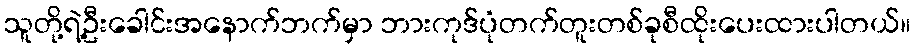
သူတို့ရဲ့ဦးခေါင်းအနောက်ဘက်မှာ ဘားကုဒ်ပုံတက်တူးတစ်ခုစီထိုးပေးထားပါတယ်။